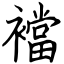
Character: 襠